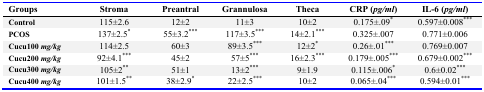
| Groups | Stroma | Preantral | Grannulosa | Theca | CRP (pg/ml) | IL-6 (pg/ml) |
 | --- | --- | --- | --- | --- | --- | --- |
 | Control | 115±2.6 | 12±2 | 11±3 | 10±2 | 0.175±.09* | 0.597±0.008*** |
 | PCOS | 137±2.5* | 55±3.2*** | 117±3.5*** | 14±2.1*** | 0.325±.007 | 0.771±0.006 |
 | Cucu100 mg/kg | 114±2.5 | 60±3 | 89±3.5*** | 12±2* | 0.26±.01*** | 0.769±0.007 |
 | Cucu200 mg/kg | 92±4.1*** | 45±2 | 57±5*** | 16±2.3*** | 0.179±.005*** | 0.679±0.002*** |
 | Cucu300 mg/kg | 105±2** | 51±1 | 13±2*** | 9±1.9 | 0.115±.006* | 0.6±0.02*** |
 | Cucu400 mg/kg | 101±1.5** | 38±2.9* | 22±2.5*** | 10±2 | 0.065±.04*** | 0.594±0.01*** |